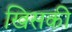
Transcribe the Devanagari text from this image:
खिसकी